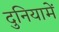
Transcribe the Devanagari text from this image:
दुनियामें